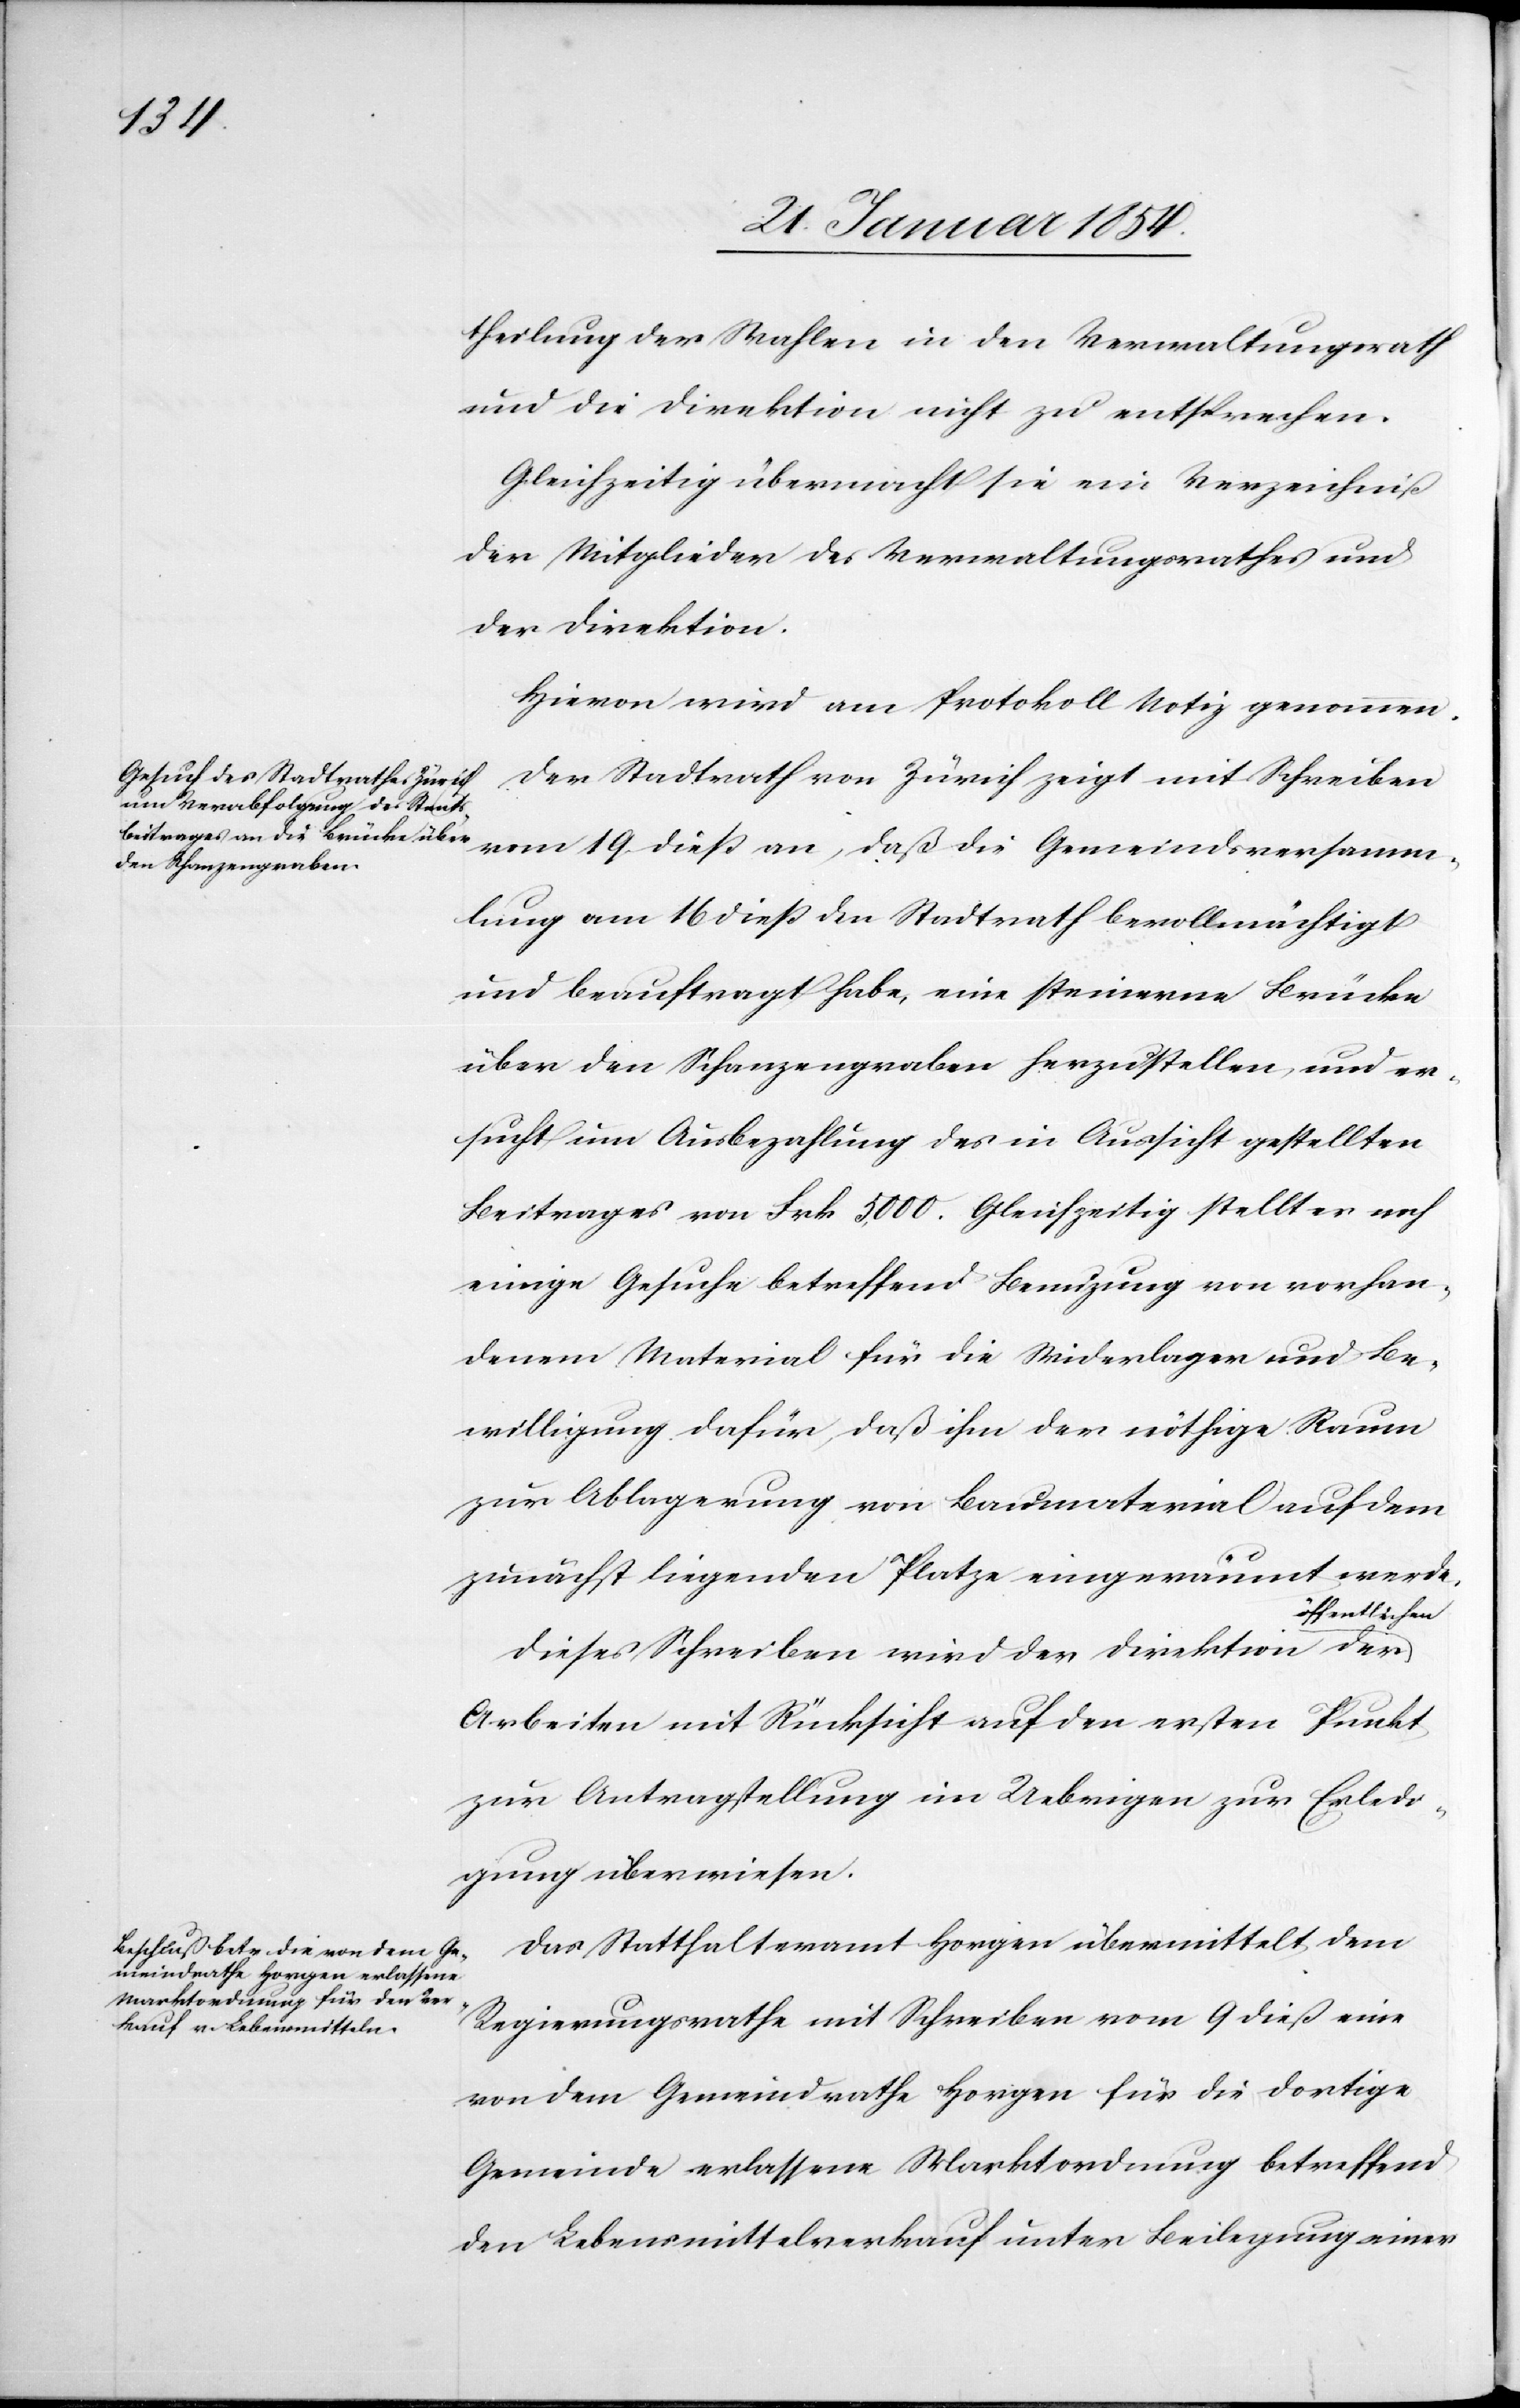
theilung der Wahlen in den Verwaltungsrath
und die Direktion nicht zu entsprechen.
Gleichzeitig übermacht sie ein Verzeichniß
der Mitglieder des Verwaltungsrathes und
der Direktion.
Hievon wird am Protokoll Notiz genommen.
Der Stadtrath von Zürich zeigt mit Schreiben
vom 19 dieß an, daß die Gemeindsversamm¬
lung am 16 dieß den Stadtrath bevollmächtigt
und beauftragt habe, eine steinerne Brücke
über den Schanzengraben herzustellen, und er¬
sucht um Ausbezahlung des in Aussicht gestellten
Beitrages von Frk. 5000. Gleichzeitig stellt er noch
einige Gesuche betreffend Benuzung von vorhan¬
denem Material für die Widerlager und Be¬
willigung dafür, daß ihm der nöthige Raum
zur Ablagerung von Baumaterial auf dem
zunächst liegenden Platze eingeräumt werde.
a-öffentlichen-a
Dieses Schreiben wird der Direktion der
Arbeiten mit Rücksicht auf den ersten Punkt,
zur Antragstellung im Uebrigen zur Erledi¬
gung überwiesen.
Das Statthalteramt Horgen übermittelt dem
Regierungsrathe mit Schreiben vom 9 dieß eine
von dem Gemeindrathe Horgen für die dortige
Gemeinde erlassene Marktordnung betreffend
den Lebensmittelverkauf unter Beilegung einer